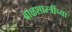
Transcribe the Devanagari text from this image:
बाळशास्त्रींच्या